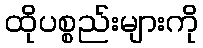
ထိုပစ္စည်းများကို